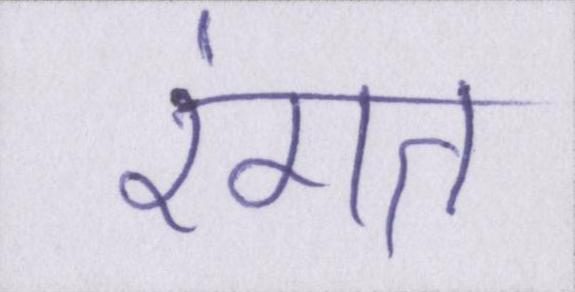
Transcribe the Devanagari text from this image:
रंगत